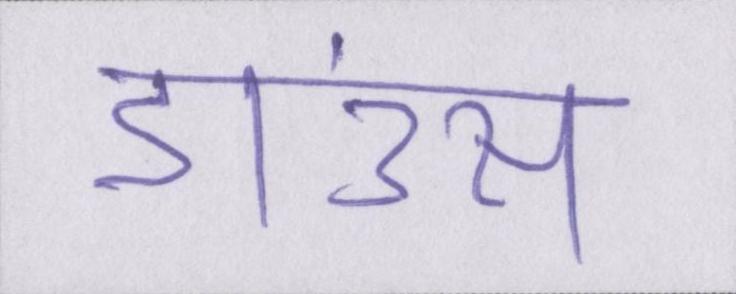
डाउंस